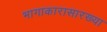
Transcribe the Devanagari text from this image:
भागाकारासारख्या